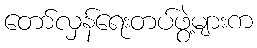
တော်လှန်ရေးတပ်ဖွဲ့များက